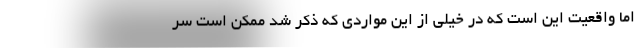
اما واقعیت این است که در خیلی از این مواردی که ذکر شد ممکن است سر